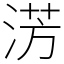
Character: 淓